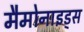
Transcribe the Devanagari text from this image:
मैमोनाइड्स